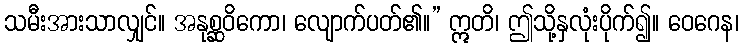
သမီးအားသာလျှင်။ အနုစ္ဆဝိကော၊ လျောက်ပတ်၏။” ဣတိ၊ ဤသို့နှလုံးပိုက်၍။ ဝေဂေန၊